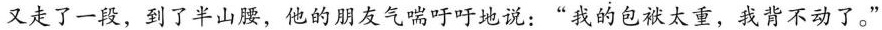
又走了一段，到了半山腰，他的朋友气喘吁吁地说：”我的包袱太重，我背不动了。”